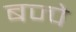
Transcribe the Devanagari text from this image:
बज्पे